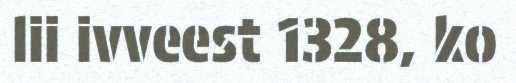
lii ivveest 1328, ko